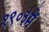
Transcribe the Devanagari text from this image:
१९०३में